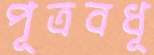
পূত্রবধূ